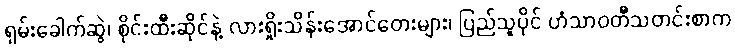
ရှမ်းခေါက်ဆွဲ၊ စိုင်းထီးဆိုင်နဲ့ လားရှိုးသိန်းအောင်တေးများ၊ ပြည်သူပိုင် ဟံသာဝတီသတင်းစာက